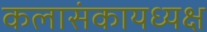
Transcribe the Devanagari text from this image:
कलासंकायध्यक्ष